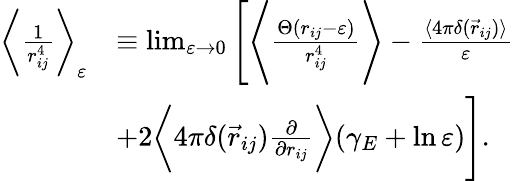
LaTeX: \begin{array}{rl}{\bigg\langle\frac{1}{r_{ij}^{4}}\bigg\rangle_{\varepsilon}}&{\equiv\operatorname*{lim}_{\varepsilon\rightarrow 0}\Bigg[\Bigg\langle\frac{\Theta(r_{ij}-\varepsilon)}{r_{ij}^{4}}\Bigg\rangle-\frac{\langle 4\pi\delta(\vec{r}_{ij})\rangle}{\varepsilon}}\\ &{+2\bigg\langle 4\pi\delta(\vec{r}_{ij})\frac{\partial}{\partial r_{ij}}\bigg\rangle(\gamma_{E}+\ln\varepsilon)\Bigg].}\end{array}